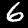
Digit: 6